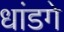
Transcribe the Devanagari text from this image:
धांडगे